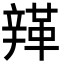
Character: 𨐥